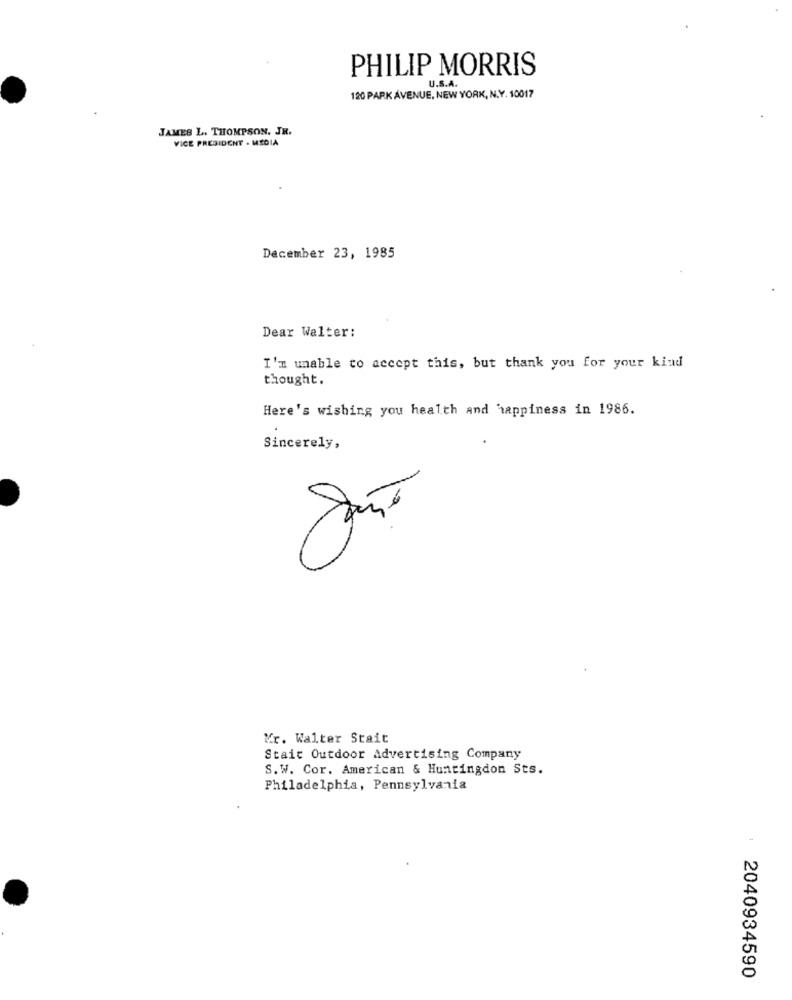
PHILIP MORRIS
U.S.A.
120 PARK AVENUE, NEW YORK, N.Y. 10017
JAMES L. THOMPSON, JR.
VICE PRESIDENT - MEDIA
December 23, 1985
Dear Walter:
I'm unable to accept this, but thank you for your kind
thought.
Here's wishing you health and happiness in 1986.
Sincerely,
Mr. Walter Stait
Stair Outdoor Advertising Company
S. W. Cor. American & Huntingdon Sts.
Philadelphia, Pennsylvania
2040934590